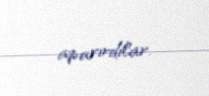
aparırdılar.